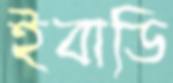
ইবাডি